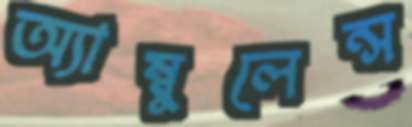
অ্যাম্বুলেন্স